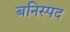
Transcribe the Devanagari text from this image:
बनिस्पद